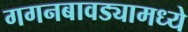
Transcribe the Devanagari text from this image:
गगनबावड्यामध्ये